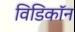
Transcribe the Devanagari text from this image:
विडिकॉन